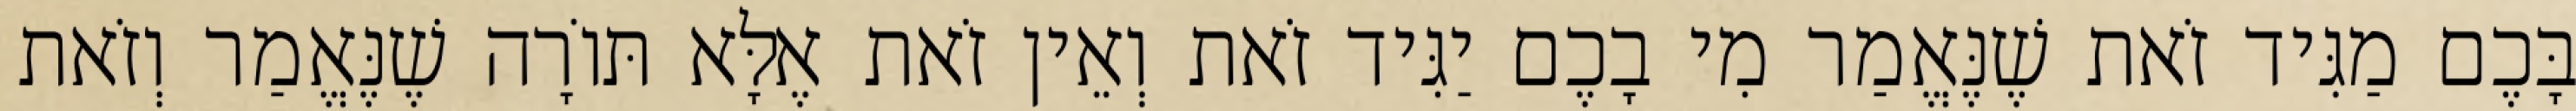
בָּכֶם מַגִּיד זֹאת שֶׁנֶּאֱמַר מִי בָכֶם יַגִּיד זֹאת וְאֵין זֹאת אֶלָּא תּוֹרָה שֶׁנֶּאֱמַר וְזֹאת